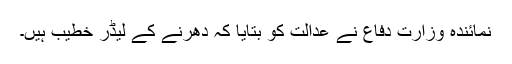
نمائندہ وزارت دفاع نے عدالت کو بتایا کہ دھرنے کے لیڈر خطیب ہیں۔